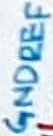
Text: GNDREF